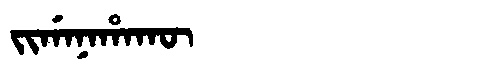
Manchu: ᠵᡳᡤᠠᠨᠠᡥᠠᡴᡡ
Romanization: JIGANAHAKŪ